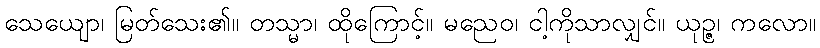
သေယျော၊ မြတ်သေး၏။ တသ္မာ၊ ထိုကြောင့်။ မညေဝ၊ ငါ့ကိုသာလျှင်။ ယုဉ္ဇ၊ ကလော။